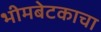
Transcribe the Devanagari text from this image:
भीमबेटकाचा